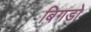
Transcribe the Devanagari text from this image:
बिगडो